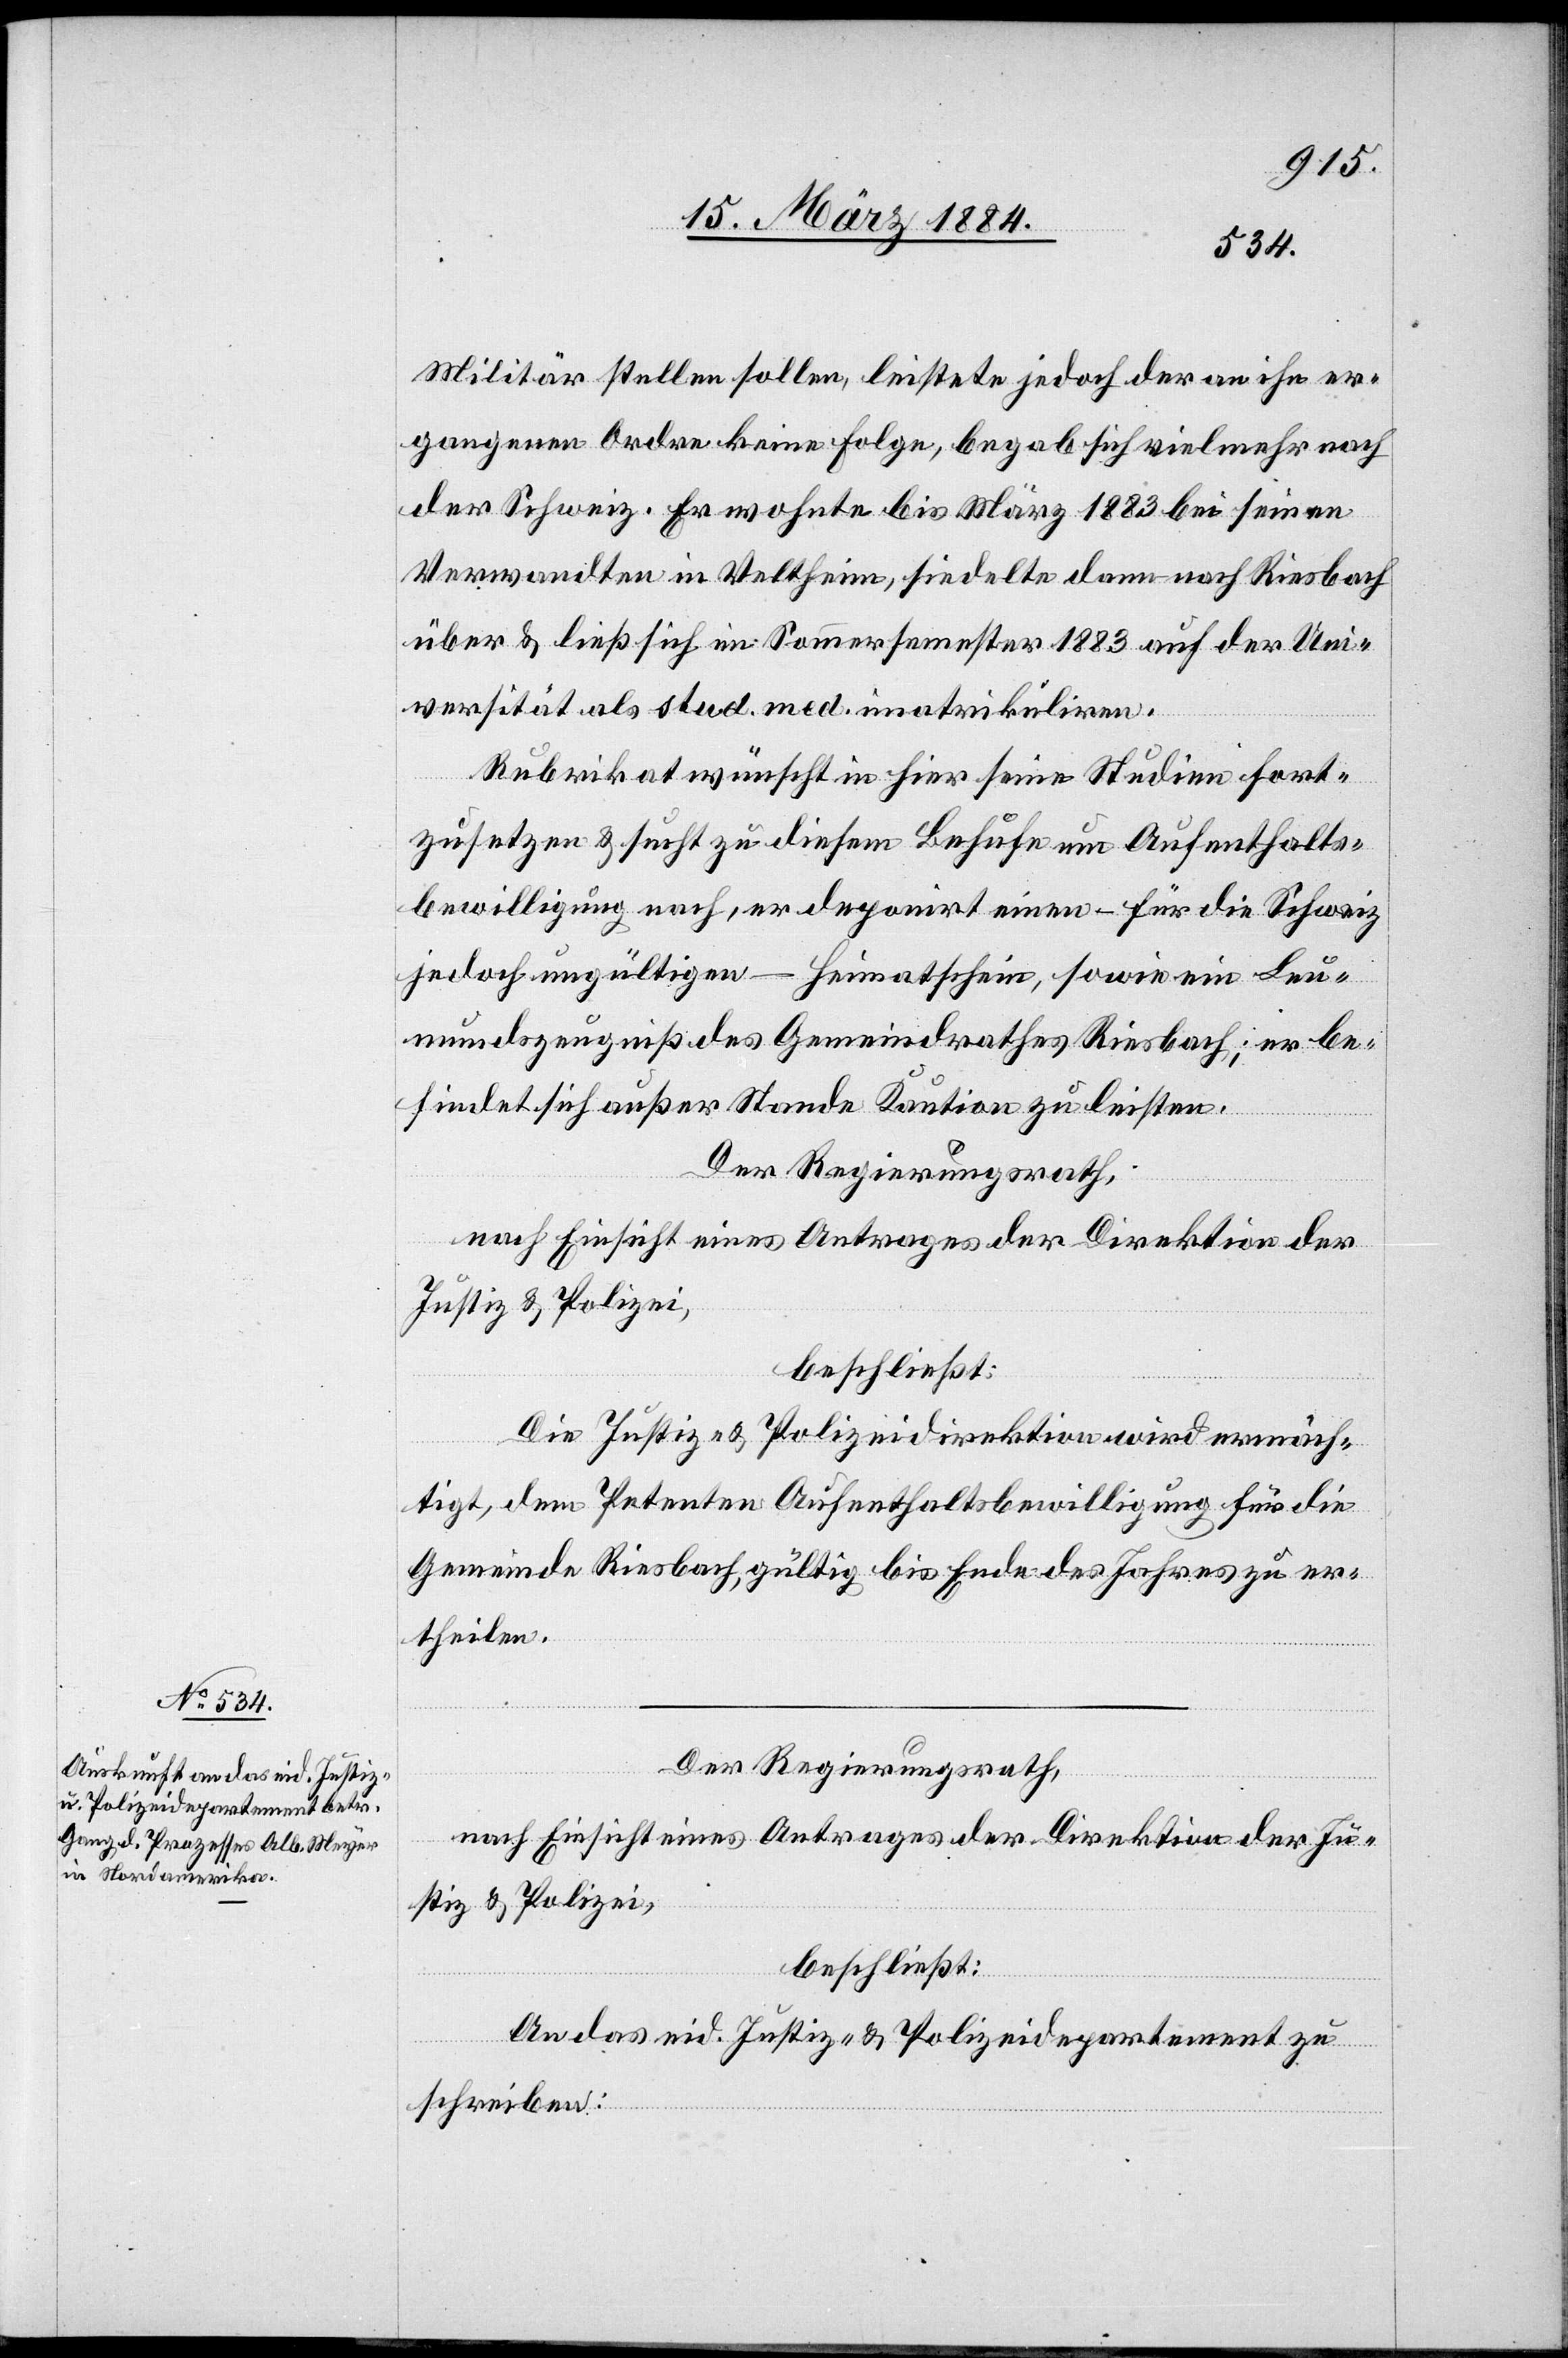
Militär stellen sollen, leistete jedoch der an ihn er¬
gangenen Ordre keine Folge, begab sich vielmehr nach
der Schweiz. Er wohnte bis März 1883 bei seinen
Verwandten in Veltheim, siedelte dann nach Riesbach
über & ließ sich im Sommersemester 1883 auf der Uni¬
versität als stud. med. immatrikuliren.
Rubrikat wünscht in hier seine Studien fort¬
zusetzen & sucht zu diesem Behufe um Aufenthalts¬
bewilligung nach, er deponirt einen – für die Schweiz
jedoch ungültigen – Heimatschein, sowie ein Leu¬
mundszeugniß des Gemeindrathes Riesbach; er be¬
findet sich außer Stande Kaution zu leisten.
Der Regierungsrath,
nach Einsicht eines Antrages der Direktion der
Justiz & Polizei,
beschließt:
Die Justiz- & Polizeidirektion wird ermäch¬
tigt, dem Petenten Aufenthaltsbewilligung für die
Gemeinde Riesbach, gültig bis Ende des Jahres zu er¬
theilen.
Der Regierungsrath,
An das eid. Justiz- & Polizeidepartement zu
schreiben: